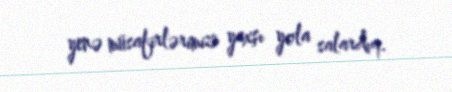
yenə müsafirlərimizi yaxşı yola salardıq.